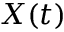
X ( t )